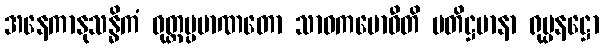
အနေကာနုသန္ဓိကံ ဝုတ္တပ္ပမာဏတော သာဝကဗောဓီတိ ပတိဋ္ဌမာနာ ရုပ္ပနဋ္ဌော